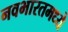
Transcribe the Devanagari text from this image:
नवभारतमध्ये